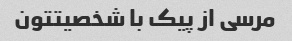
مرسی از پیک با شخصیتتون